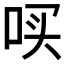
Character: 𪡃